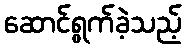
ဆောင်ရွက်ခဲ့သည့်